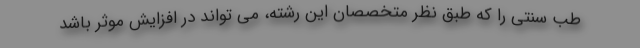
طب سنتی را که طبق نظر متخصصان این رشته، می تواند در افزایش موثر باشد